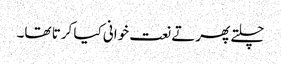
چلتے پھرتے نعت خوانی کیا کرتا تھا۔